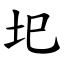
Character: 圯